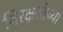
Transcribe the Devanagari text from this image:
निरक्षरतेच्या